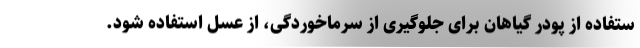
ستفاده از پودر گیاهان برای جلوگیری از سرماخوردگی، از عسل استفاده شود.